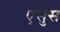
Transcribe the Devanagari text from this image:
एसुस